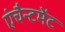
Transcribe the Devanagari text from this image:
एंचैन्टमेंट